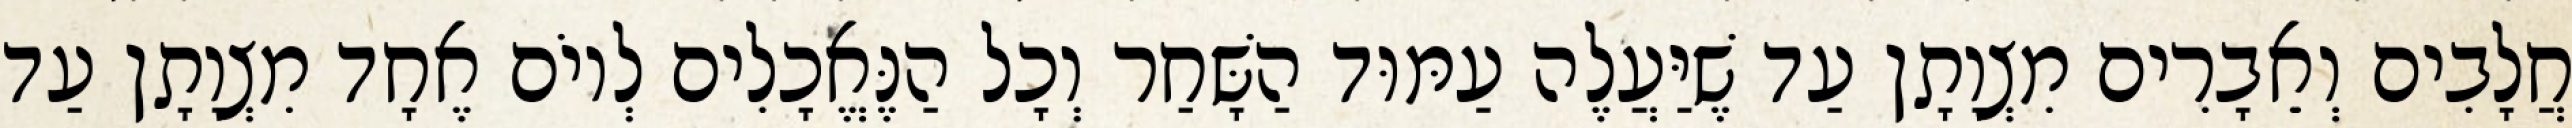
חֲלָבִים וְאֵבָרִים מִצְוָתָן עַד שֶׁיַּעֲלֶה עַמּוּד הַשָּׁחַר וְכָל הַנֶּאֱכָלִים לְיוֹם אֶחָד מִצְוָתָן עַד